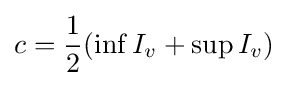
c={\frac {1}{2}}(\inf I_{v}+\sup I_{v})